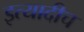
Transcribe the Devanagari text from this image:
इत्यादीच